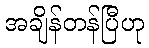
အချိန်တန်ပြီဟု